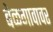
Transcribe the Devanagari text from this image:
बेळगावावर